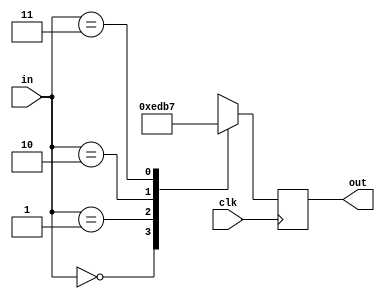
`timescale 1ns / 1ps
//////////////////////////////////////////////////////////////////////////////////
// Company: 
// Engineer: 
// 
// Design Name: 
// Module Name:    deco 
// Project Name: 
// Target Devices: 
// Tool versions: 
// Description: 
//
// Dependencies: 
//
// Revision: 
// Revision 0.01 - File Created
// Additional Comments: 
//
//////////////////////////////////////////////////////////////////////////////////
module deco(
	 input clk,
    input [1:0] in,
    output reg [3:0] out
    );

always@(posedge clk)
begin
	case (in)
	  2'b00 : out <= 4'b1110;
	  2'b01 : out <= 4'b1101;
	  2'b10 : out <= 4'b1011;
	  2'b11 : out <= 4'b0111;
	  default : out <= 0;
	endcase
end
endmodule